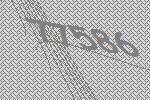
77586